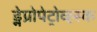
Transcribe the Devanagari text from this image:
ड्नेप्रोपेट्रोव्ह्स्क